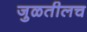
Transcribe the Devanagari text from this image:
जुळतीलच